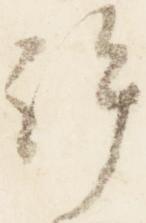
許